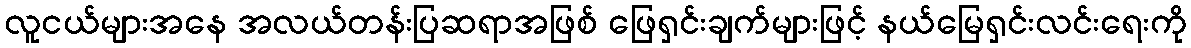
လူငယ်များအနေ အလယ်တန်းပြဆရာအဖြစ် ဖြေရှင်းချက်များဖြင့် နယ်မြေရှင်းလင်းရေးကို